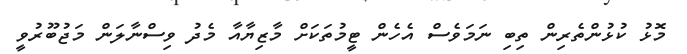
މޮޅު ކުޅުންތެރިން ތިބި ނަމަވެސް އެހެން ޓީމުތަކަށް މާޒިޔާއާ މެދު ވިސްނާލަން މަޖުބޫރުވީ